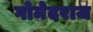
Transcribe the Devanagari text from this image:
गोमेदराज